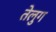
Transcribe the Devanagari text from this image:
तेलुग